38_143685_box7_Incident_Summaries_1-100
Agency: Department of War
Page 198
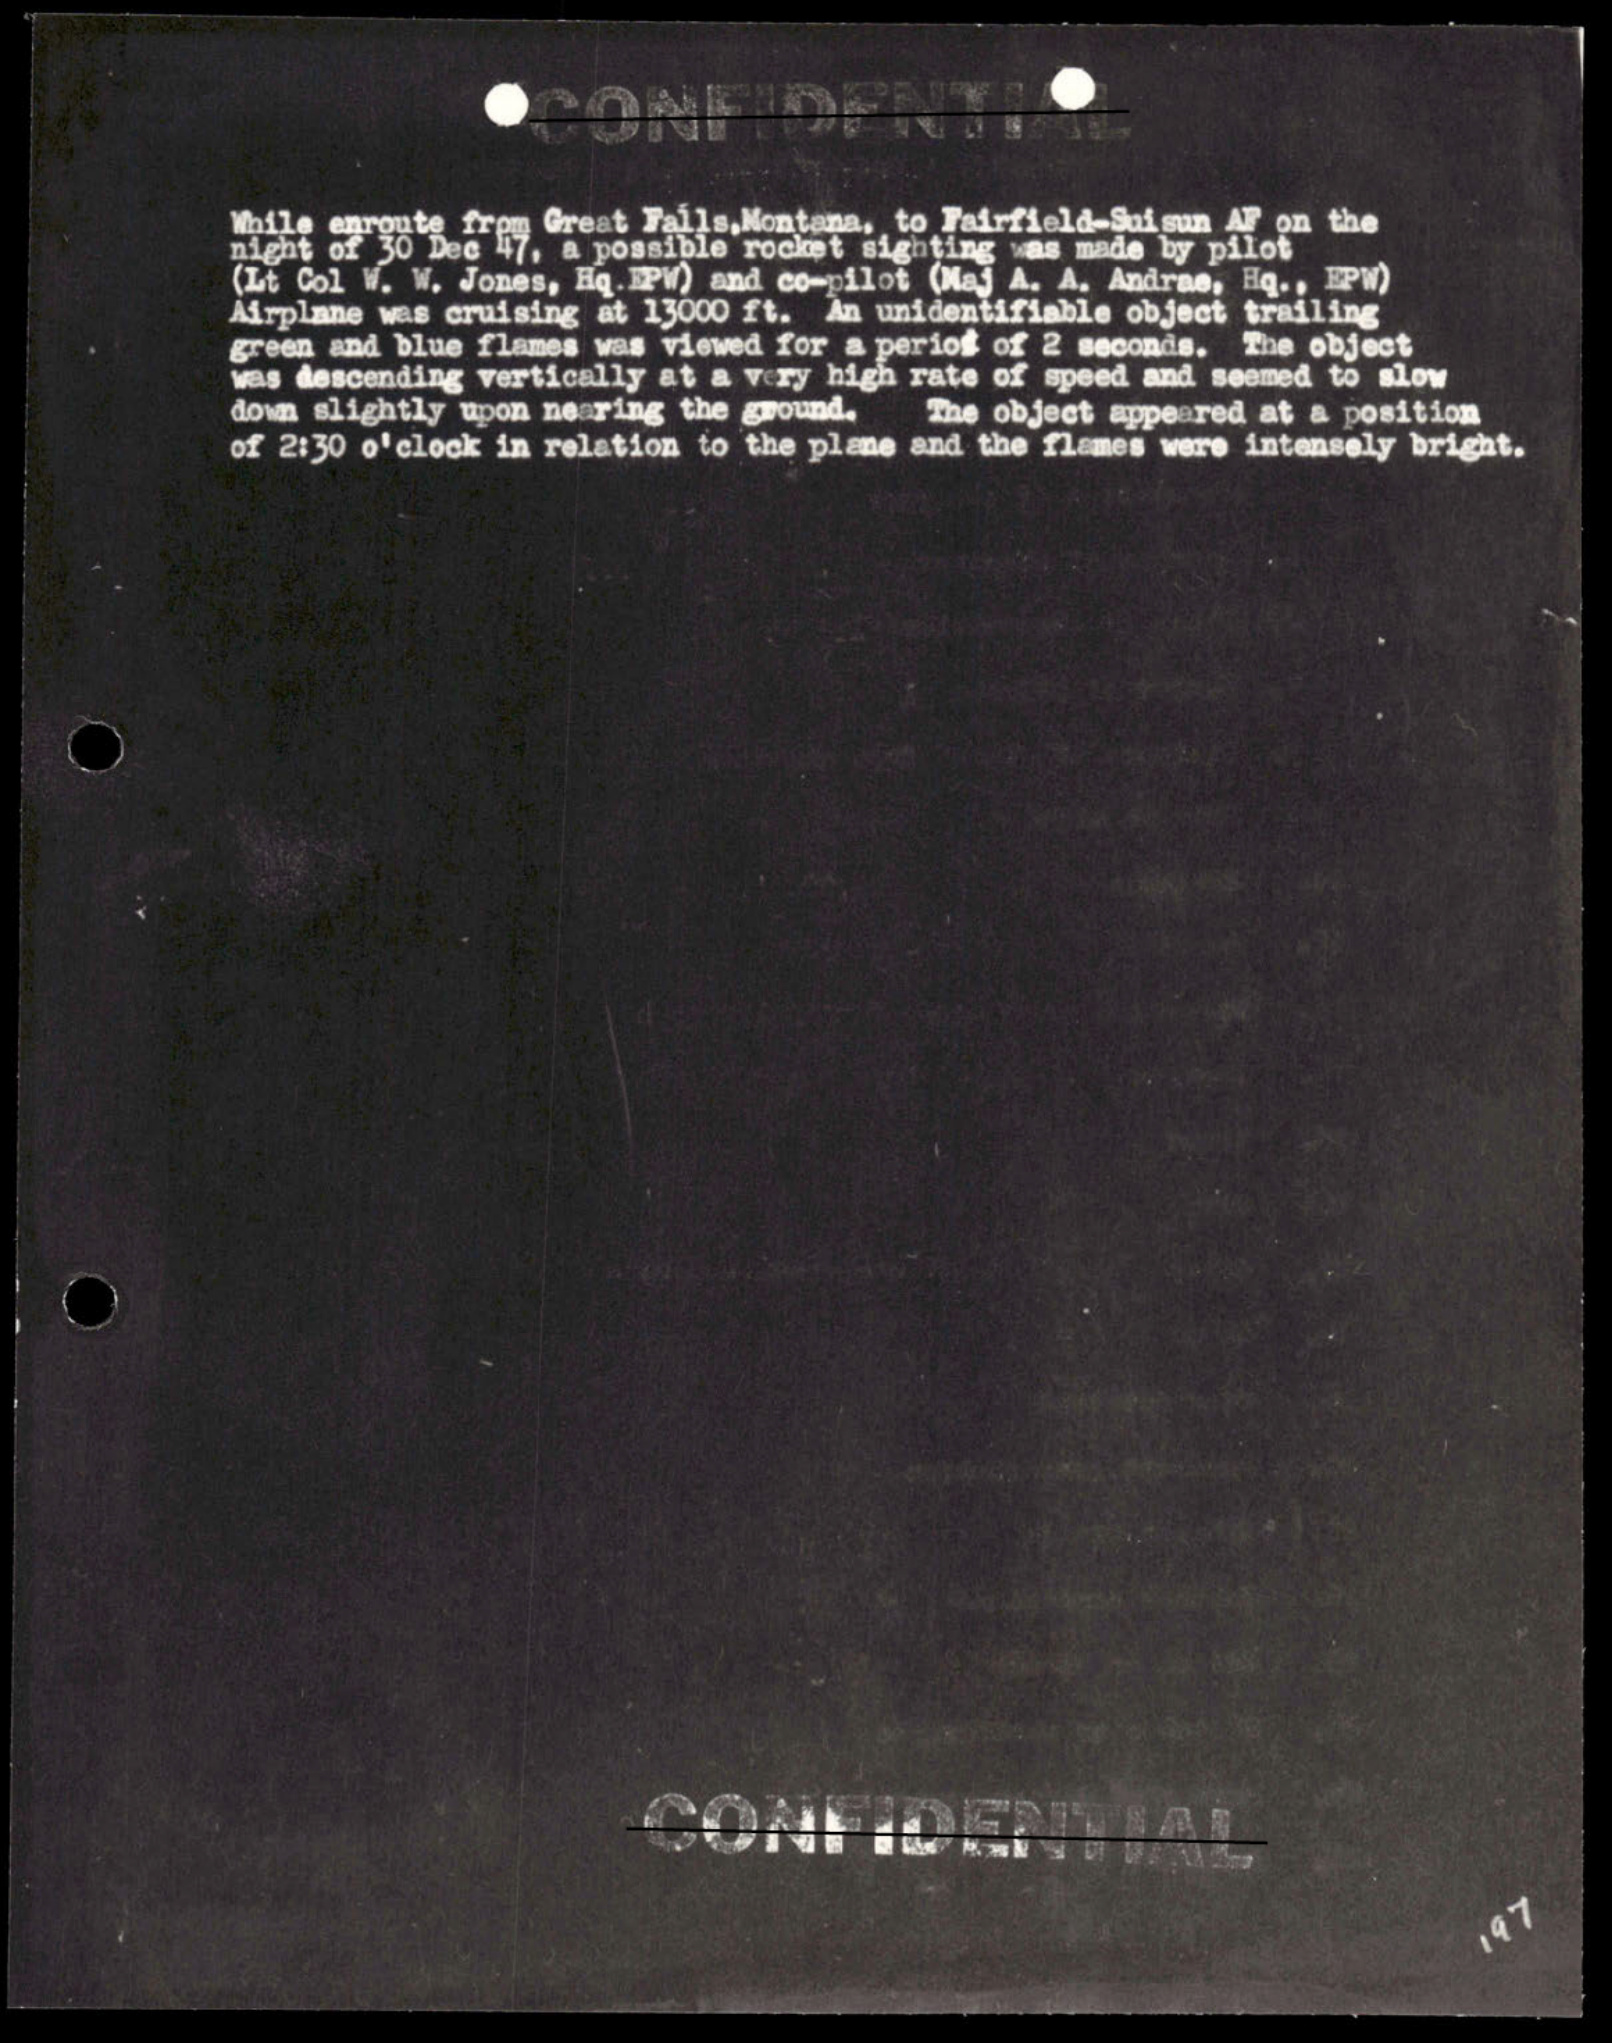